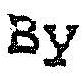
BY